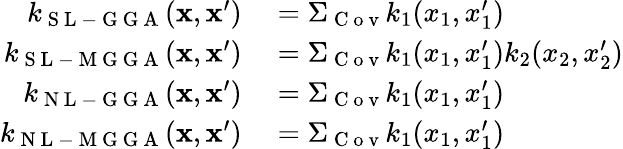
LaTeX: \begin{array}{rl}{k_{\mathrm{~S~L~-~G~G~A~}}(\mathbf{x},\mathbf{x}^{\prime})}&{{}=\Sigma_{\mathrm{~C~o~v~}}k_{1}(x_{1},x_{1}^{\prime})}\\ {k_{\mathrm{~S~L~-~M~G~G~A~}}(\mathbf{x},\mathbf{x}^{\prime})}&{{}=\Sigma_{\mathrm{~C~o~v~}}k_{1}(x_{1},x_{1}^{\prime})k_{2}(x_{2},x_{2}^{\prime})}\\ {k_{\mathrm{~N~L~-~G~G~A~}}(\mathbf{x},\mathbf{x}^{\prime})}&{{}=\Sigma_{\mathrm{~C~o~v~}}k_{1}(x_{1},x_{1}^{\prime})}\\ {k_{\mathrm{~N~L~-~M~G~G~A~}}(\mathbf{x},\mathbf{x}^{\prime})}&{{}=\Sigma_{\mathrm{~C~o~v~}}k_{1}(x_{1},x_{1}^{\prime})}\end{array}